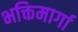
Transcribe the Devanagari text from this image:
भक्तिमार्गा